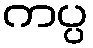
ကပ္ပ